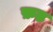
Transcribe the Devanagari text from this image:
फ़ड